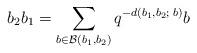
LaTeX: \begin{align*}b_2b_1 = \sum_{b\in \mathcal{B}(b_1,b_2)} q^{-d(b_1,b_2;\; b)} b\end{align*}